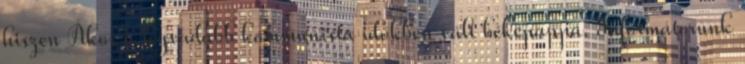
hiszen Ákos a legvadabb kommunista időkben vált békepappá. Informátorunk